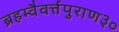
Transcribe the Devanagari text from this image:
ब्रहम्वैवर्त्तपुराण३०